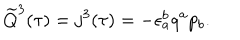
\widetilde Q ^ { 3 } ( \tau ) = j ^ { 3 } ( \tau ) = - \epsilon _ { a } ^ { b } q ^ { a } p _ { b } .